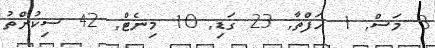
3 މަސް